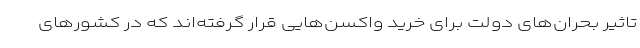
تاثیر بحران‌های دولت برای خرید واکسن‌هایی قرار گرفته‌اند که در کشورهای